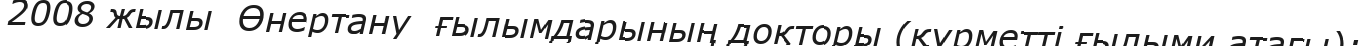
2008 жылы  Өнертану  ғылымдарының докторы (құрметті ғылыми атағы);